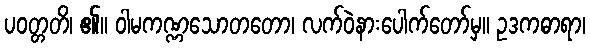
ပဝတ္တတိ၊ ၏။ ဝါမကဏ္ဏသောတတော၊ လက်ဝဲနားပေါက်တော်မှ။ ဥဒကဓာရာ၊